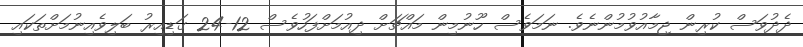
ދެދުވަސް ކުރިން ޖިމާއުވުމުންނެވެ. ނަމަވެސް ހޫނުމިން މައްޗަށް ދިއުމަށްފަހުވެސް 12-24 ގަޑިއިރު ބަލިވެއިނުމަށްތަކައި